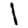
Digit: 1